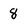
Character: 8